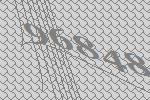
96848